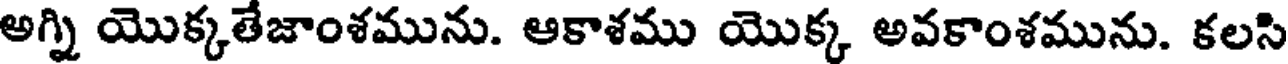
అగ్ని యొక్కతేజాంశమును. ఆకాశము యొక్క అవకాంశమును. కలసి